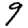
Digit: 9